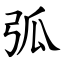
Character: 弧